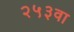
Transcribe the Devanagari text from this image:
२५३वा